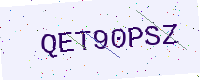
Text: QET90PSZ